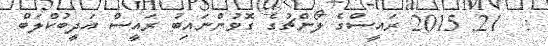
:  21